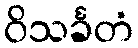
ဝိသင်္ခတံ